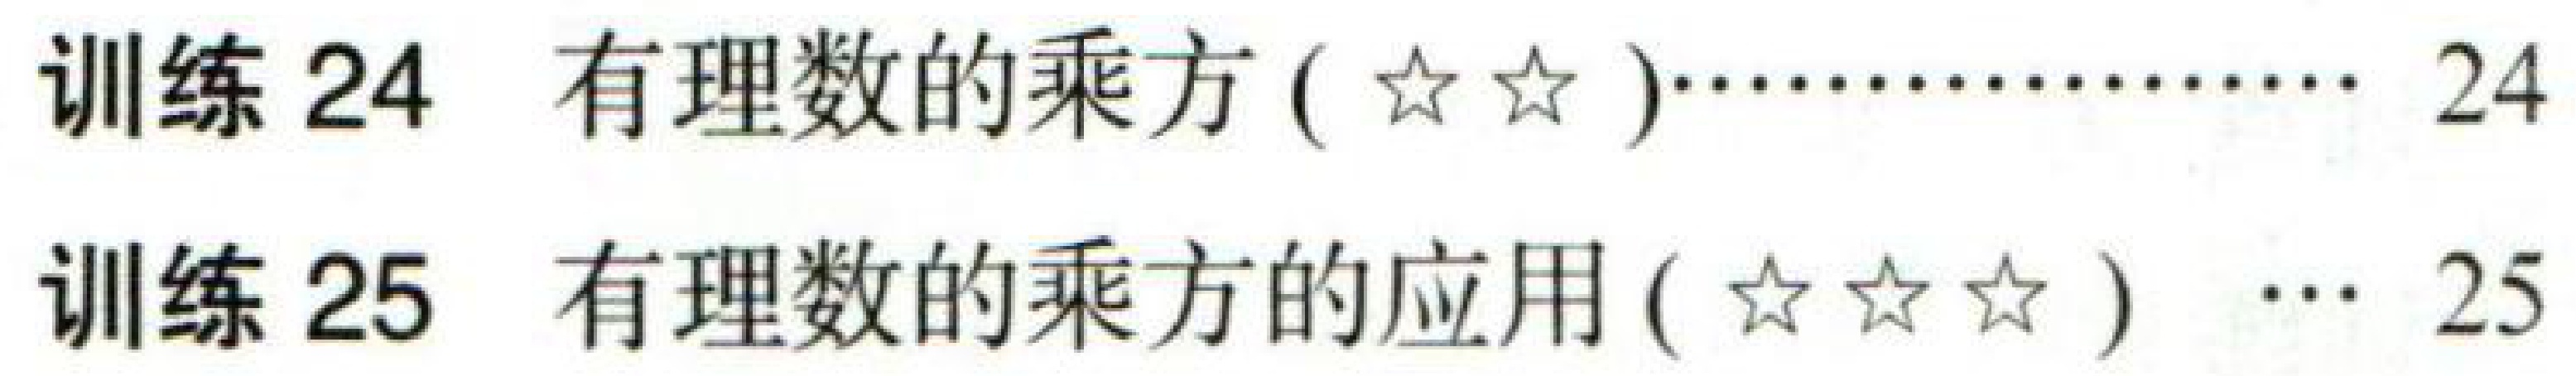
训练 24 有理数的乘方 ($\star\star$)················ 24

训练 25 有理数的乘方的应用 ($\star\star\star$) ··· 25